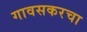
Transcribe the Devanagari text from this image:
गावसकरचा